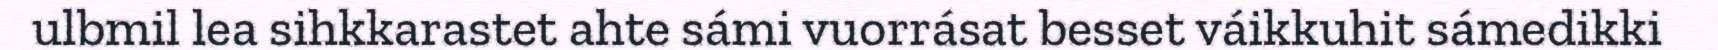
ulbmil lea sihkkarastet ahte sámi vuorrásat besset váikkuhit sámedikki